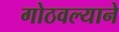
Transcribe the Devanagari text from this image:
गोठवल्याने